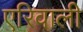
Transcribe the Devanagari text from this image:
एरिवाली